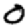
Digit: 0